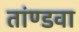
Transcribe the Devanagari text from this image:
तांण्डवा